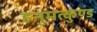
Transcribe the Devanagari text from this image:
हनुमत्कुण्ड